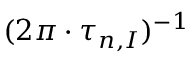
( 2 \pi \cdot \tau _ { n , I } ) ^ { - 1 }